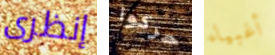
إنظرى حركوا أغبياء